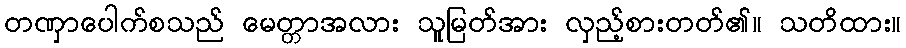
တဏှာပေါက်စသည် မေတ္တာအလား သူမြတ်အား လှည့်စားတတ်၏။ သတိထား။